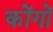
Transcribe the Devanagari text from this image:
कोंगों